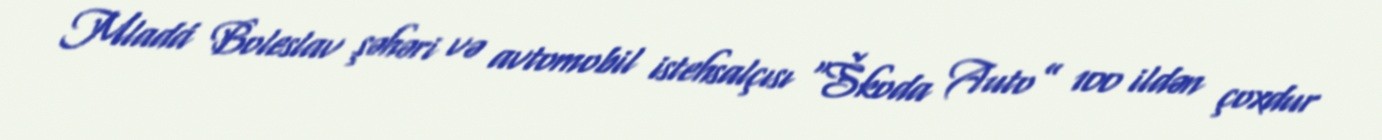
Mladá Boleslav şəhəri və avtomobil istehsalçısı “Škoda Auto” 100 ildən çoxdur